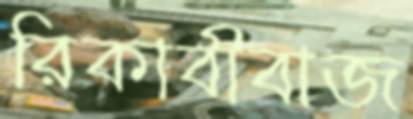
রিকাবীবাজ